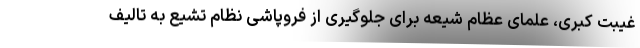
غیبت کبری، علمای عظام شیعه برای جلوگیری از فروپاشی نظام تشیع به تالیف